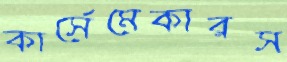
কার্সেমেকারস